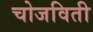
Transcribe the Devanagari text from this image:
चोजविती